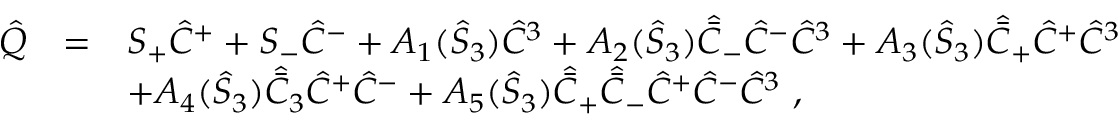
\begin{array} { r c l } { { \hat { Q } } } & { { = } } & { { S _ { + } \hat { C } ^ { + } + S _ { - } \hat { C } ^ { - } + A _ { 1 } ( \hat { S } _ { 3 } ) \hat { C } ^ { 3 } + A _ { 2 } ( \hat { S } _ { 3 } ) \hat { \bar { C } } _ { - } \hat { C } ^ { - } \hat { C } ^ { 3 } + A _ { 3 } ( \hat { S } _ { 3 } ) \hat { \bar { C } } _ { + } \hat { C } ^ { + } \hat { C } ^ { 3 } } } \\ { { } } & { { } } & { { + A _ { 4 } ( \hat { S } _ { 3 } ) \hat { \bar { C } } _ { 3 } \hat { C } ^ { + } \hat { C } ^ { - } + A _ { 5 } ( \hat { S } _ { 3 } ) \hat { \bar { C } } _ { + } \hat { \bar { C } } _ { - } \hat { C } ^ { + } \hat { C } ^ { - } \hat { C } ^ { 3 } { } ~ , } } \end{array}